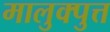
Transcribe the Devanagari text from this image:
मालुक्पुत्त